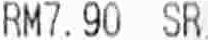
RM7.90 SR